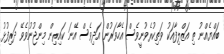
ބައްޔެއްނު ތި އަޒްލިފާއަކު ވަތިކުރެވުނީވެސް އެހާވަރުން. އަދިވެސް އޭނަ ކައިރިން މިންޖުނުވެވޭ ދަރިފުޅު